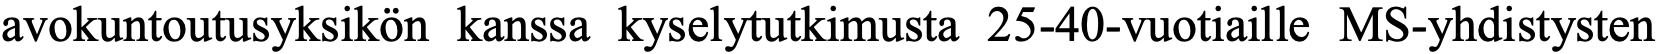
avokuntoutusyksikön kanssa kyselytutkimusta 25-40-vuotiaille MS-yhdistysten